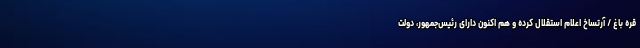
قره باغ / آرتساخ اعلام استقلال کرده و هم اکنون دارای رئیس‌جمهور، دولت